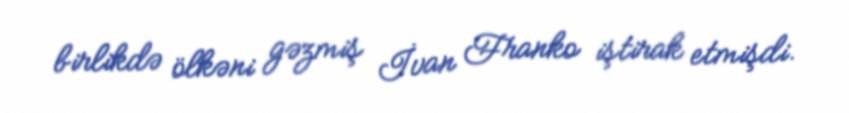
birlikdə ölkəni gəzmiş İvan Franko iştirak etmişdi.